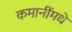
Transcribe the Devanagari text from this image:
कमानींमधे